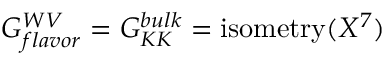
G _ { f l a v o r } ^ { W V } = G _ { K K } ^ { b u l k } = \mathrm { i s o m e t r y } ( X ^ { 7 } )